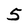
Character: 5